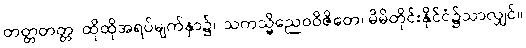
တတ္တတတ္တ၊ ထိုထိုအရပ်မျက်နှာ၌။ သကသ္မိညေဝဝိဇိတေ၊ မိမိတိုင်းနိုင်ငံ၌သာလျှင်။